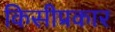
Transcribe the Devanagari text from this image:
किसीप्रकार